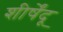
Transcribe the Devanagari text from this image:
शीर्षेंदू